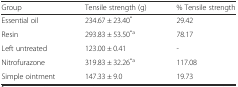
<table><thead><tr><td><b>Group</b></td><td><b>Tensile strength (g)</b></td><td><b>% Tensile strength</b></td></tr></thead><tbody><tr><td>Essential oil</td><td>234.67 ± 23.40<sup>*</sup></td><td>29.42</td></tr><tr><td>Resin</td><td>293.83 ± 53.50<sup>*a</sup></td><td>78.17</td></tr><tr><td>Left untreated</td><td>123.00 ± 0.41</td><td>-</td></tr><tr><td>Nitrofurazone</td><td>319.83 ± 32.26<sup>*a</sup></td><td>117.08</td></tr><tr><td>Simple ointment</td><td>147.33 ± 9.0</td><td>19.73</td></tr></tbody></table>